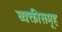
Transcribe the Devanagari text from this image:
व्यक्तीसमूह